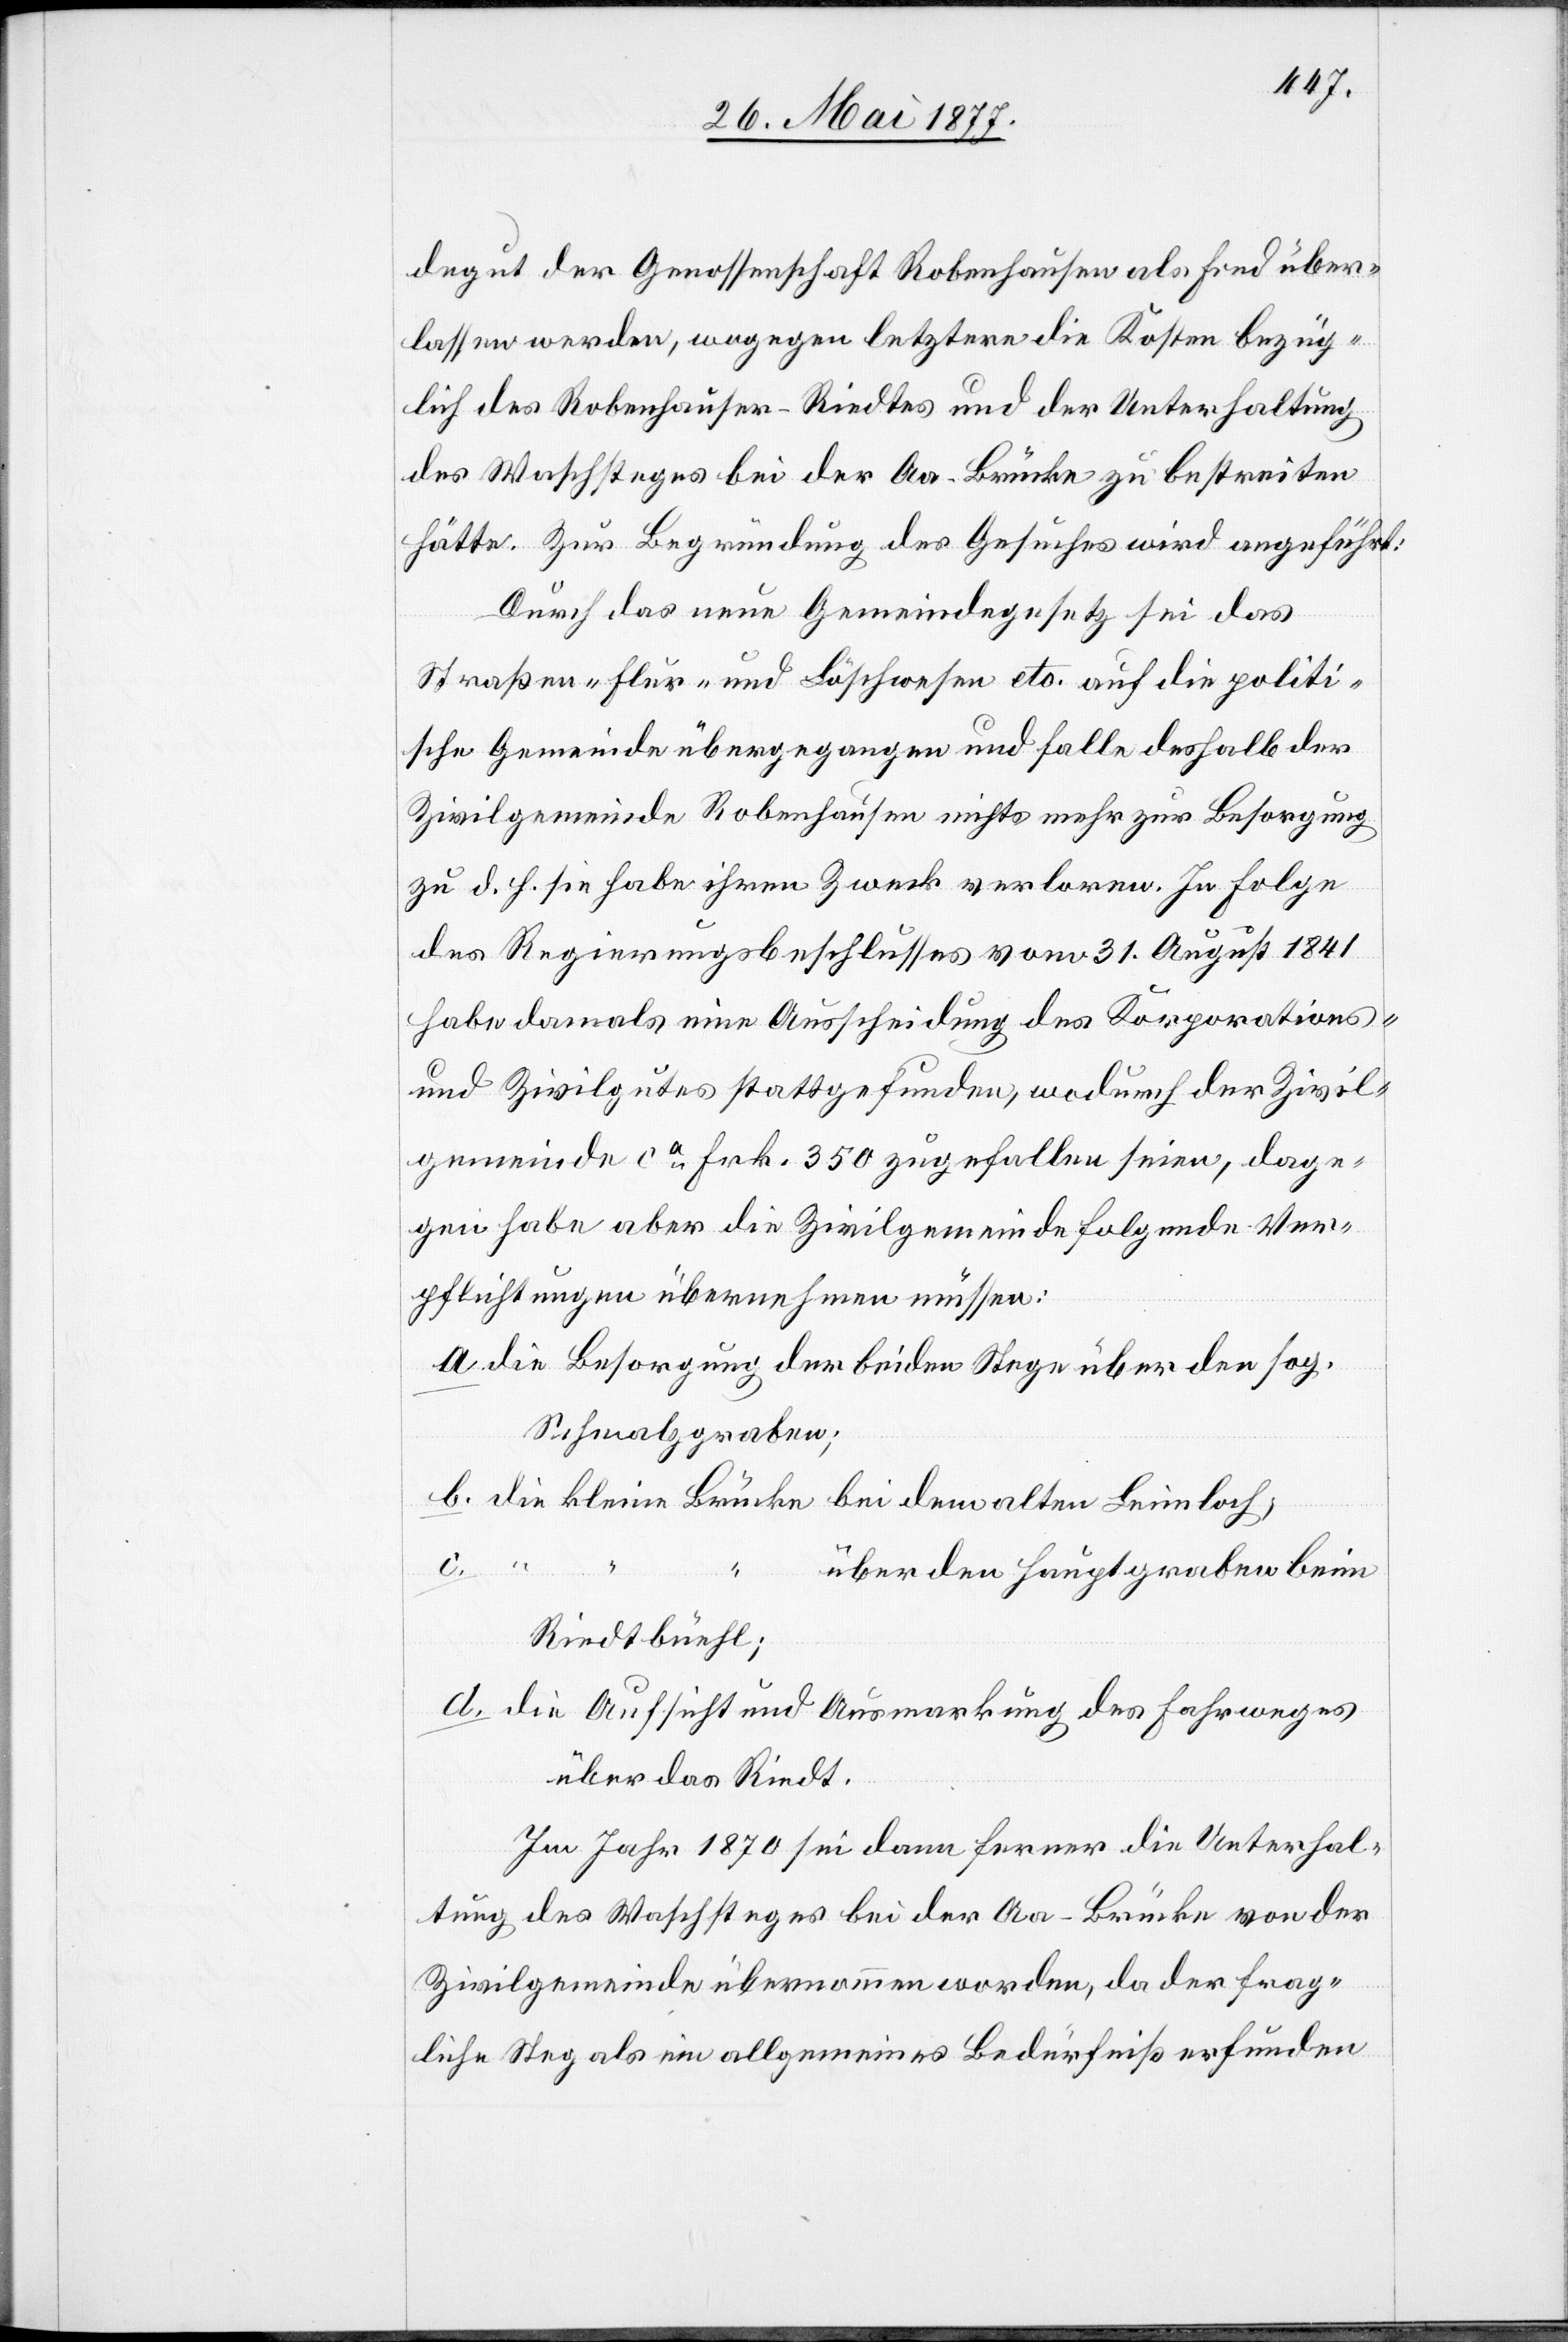
degut der Genossenschaft Robenhausen als Fond über¬
lassen werden, wogegen letztere die Kosten bezüg¬
lich des Robenhauser-Riedtes und der Unterhaltung
des Waschsteges bei der Aa-Brücke zu bestreiten
hätte. Zur Begründung des Gesuches wird angeführt:
Durch das neue Gemeindegesetz sei das
Straßen- Flur- und Löschwesen etc. auf die politi¬
schen Gemeinden übergegangen und falle deshalb der
Zivilgemeinde Robenhausen nichts mehr zur Besorgung
zu d. h. sie habe ihren Zweck verloren. In Folge
des Regierungsbeschlusses vom 31. August 1841
habe damals eine Ausscheidung des Korporations-
und Zivilgutes stattgefunden, wodurch der Zivil¬
gemeinde ca Frk. 350 zugefallen seien, dage¬
gen habe aber die Zivilgemeinde folgende Ver¬
pflichtungen übernehmen müssen:
a. die Besorgung der beiden Stege über den sog.
Schmalzgraben;
b. die kleine Brücke bei dem altem Leimloch;
c.
“ “
über den Hauptgraben beim
Riedtbüehl;
d. die Aufsicht und Ausmarkung des Fahrweges
über das Riedt.
Im Jahr 1870 sei dann ferner die Unterhal¬
tung des Waschsteges bei der Aa-Brücke von der
Zivilgemeinde übernommen worden, da der frag¬
liche Steg als ein allgemeines Bedürfniß erfunden